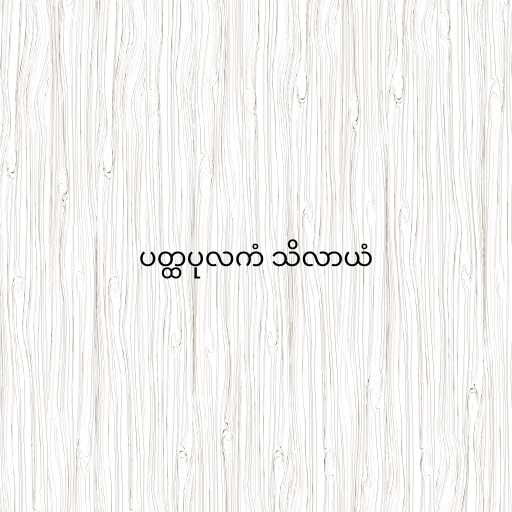
ပတ္ထပုလကံ သိလာယံ